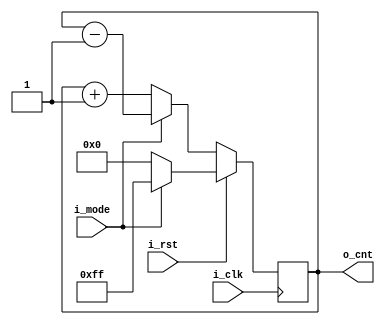
/*
** Binary couner from 0 to 255 - counting module = 256, with reverse counting direction.
*/

module bin_counter(i_clk, i_rst, i_mode, o_cnt);

input i_clk;						// clock signal
input i_rst;						// reset -> i_clear
input i_mode;						// 0 - normal mode, 1 - reverse -> i_up_dwn
output reg [7:0] o_cnt;				// 0...15

always @(posedge i_clk) begin		// synchr reset
	if(i_rst) begin
		o_cnt <= (~i_mode) ? {8{1'b0}} : {8{1'b1}};
	end else begin
		if(~i_mode) begin			// normal
			o_cnt <= o_cnt + 1'b1;
		end else begin
			o_cnt <= o_cnt - 1'b1;
		end
	end
end
endmodule